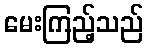
မေးကြည့်သည်